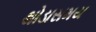
થોડાસમય